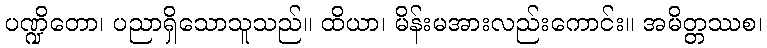
ပဏ္ဍိတော၊ ပညာရှိသောသူသည်။ ထိယာ၊ မိန်းမအားလည်းကောင်း။ အမိတ္တဿစ၊